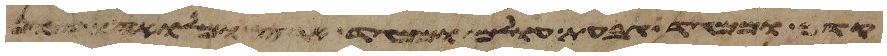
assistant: קדם וממגד גבעת עולם וממגד ארץ ומלואה ורצון